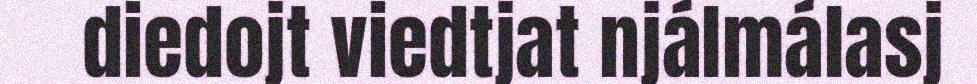
diedojt viedtjat njálmálasj